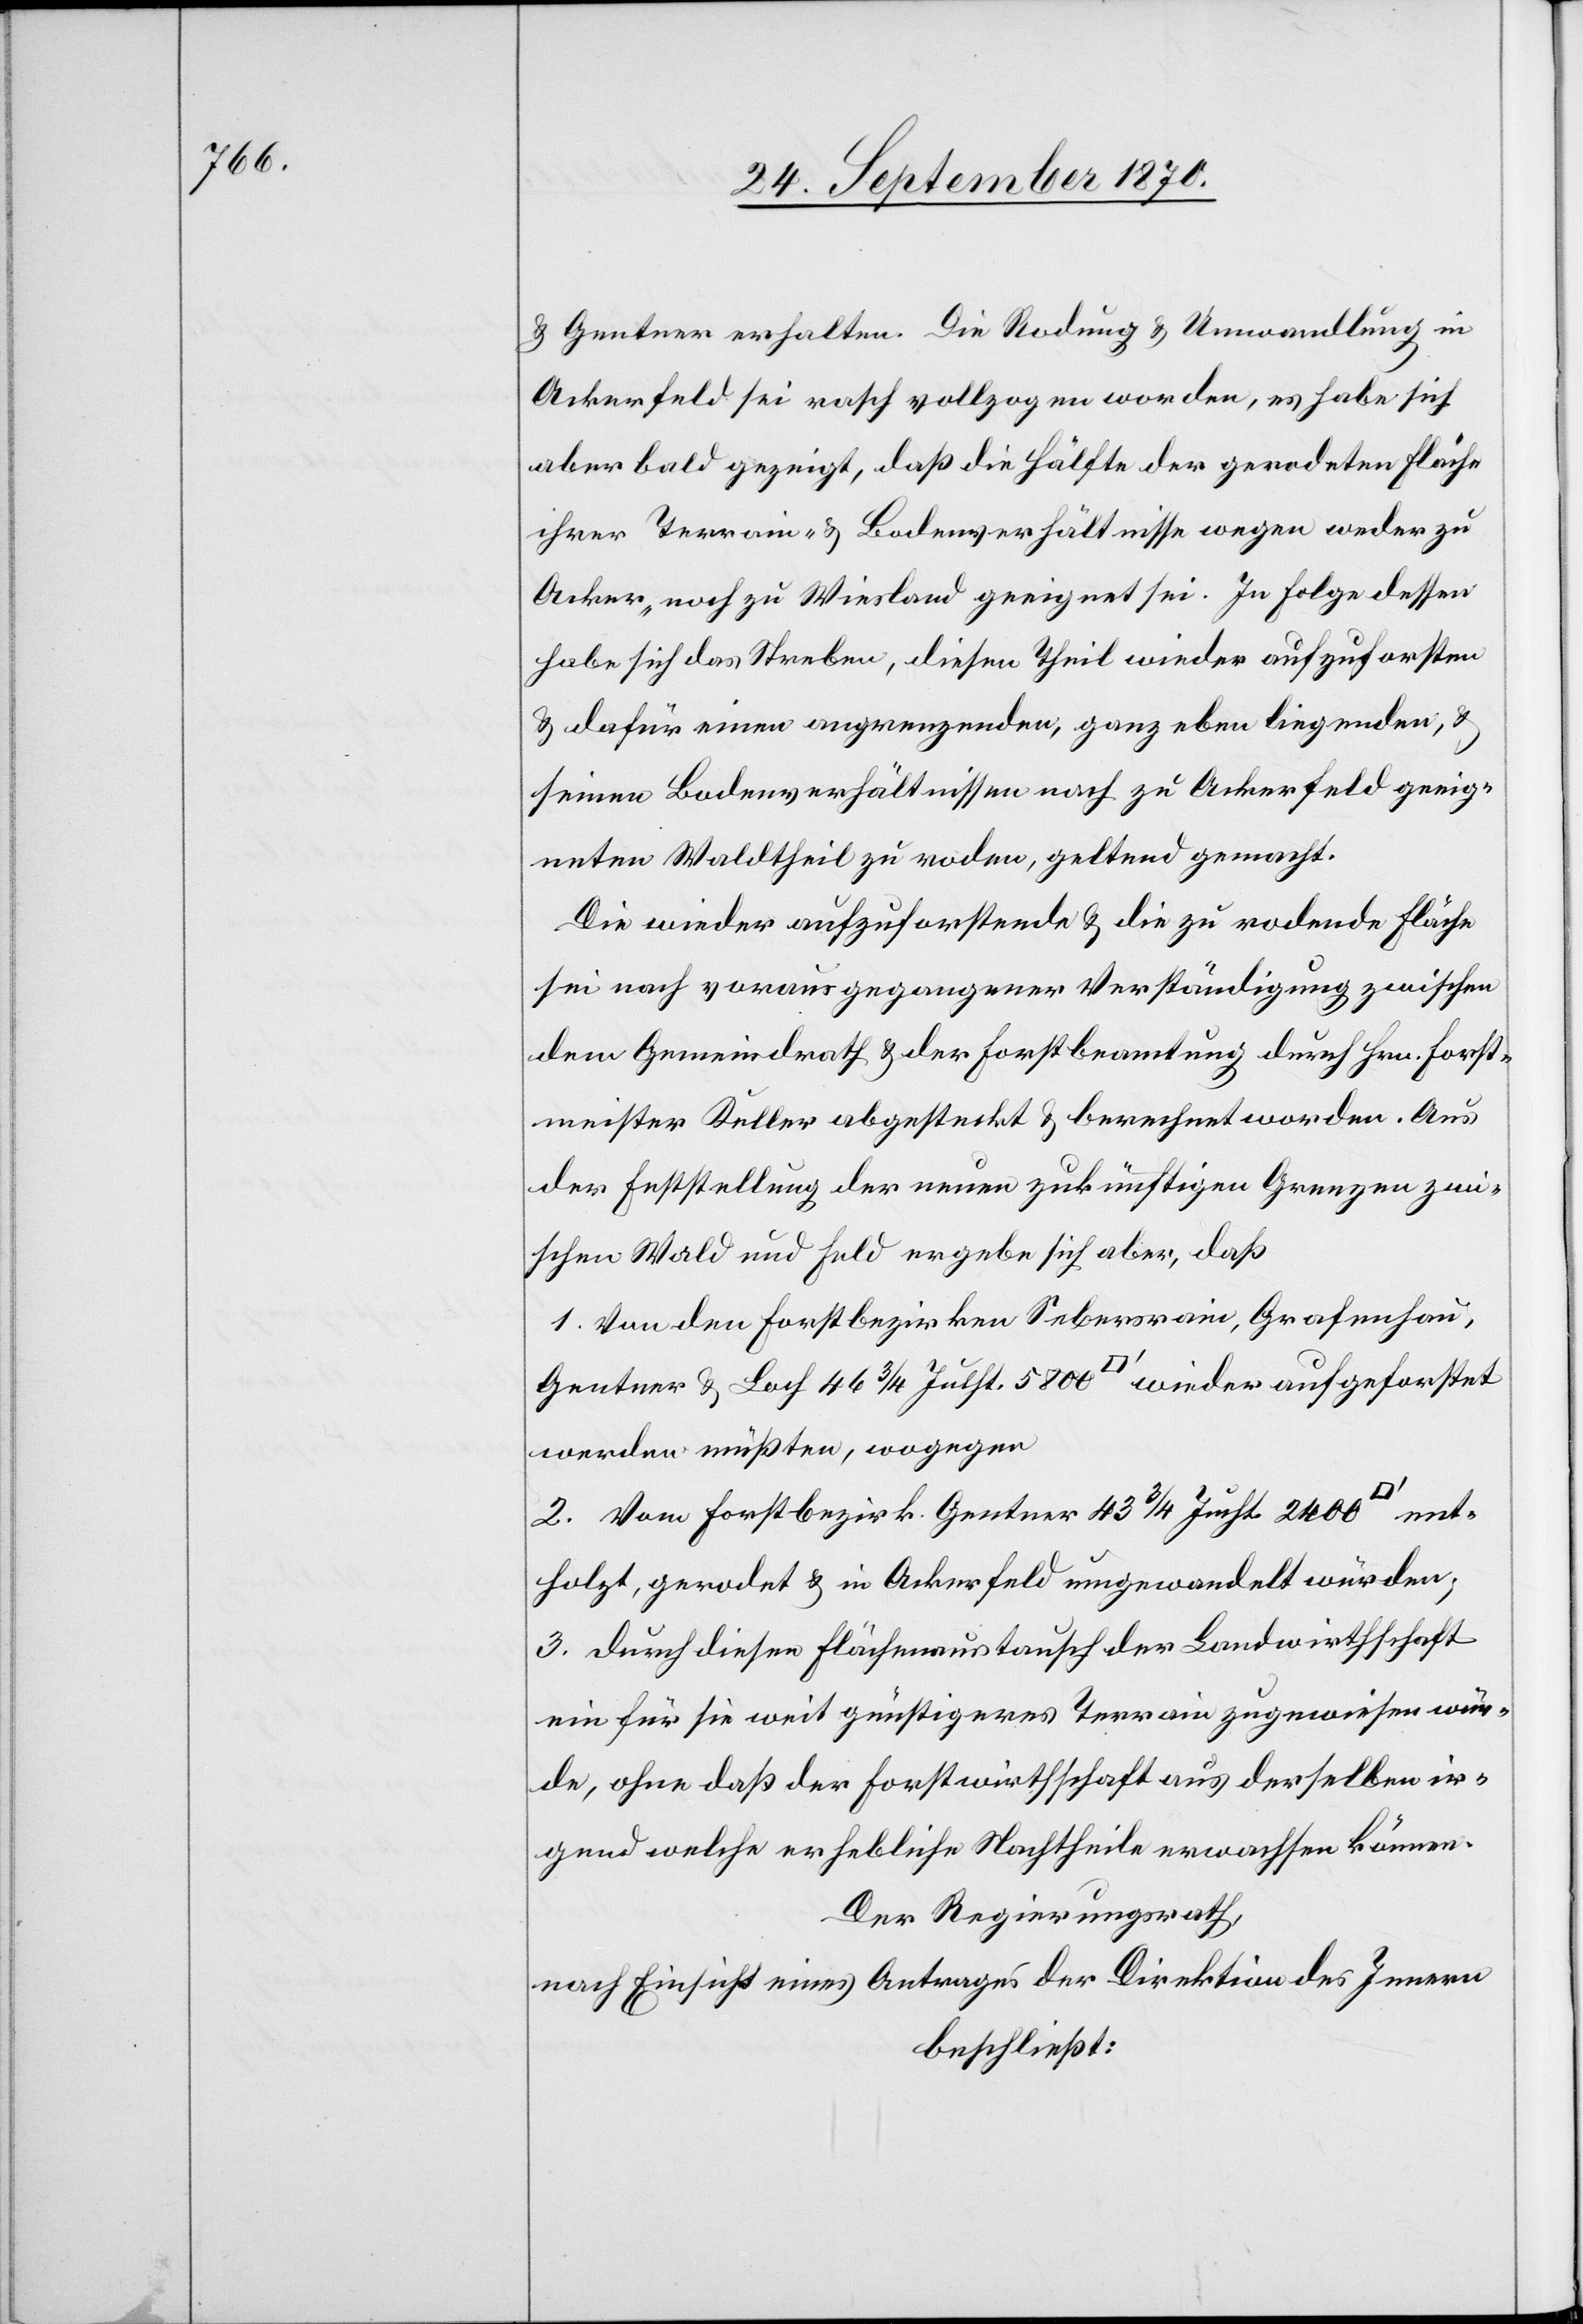
& Gentner erhalten. Die Rodung & Umwandlung in
Ackerfeld sei rasch vollzogen worden, es habe sich
aber bald gezeigt, daß die Hälfte der gerodeten Fläche
ihrer Terrain- & Bodenverhältnisse wegen weder zu
Acker, noch zu Wiesland geeignet sei. In Folge dessen
habe sich das Streben, diesen Theil wieder aufzuforsten
& dafür einen angrenzenden, ganz eben liegenden, &
seinen Bodenverhältnissen nach zu Ackerfeld geeig¬
neten Waldtheil zu roden, geltend gemacht.
Die wieder aufzuforstende & die zu rodende Fläche
sei nach vorausgegangener Verständigung zwischen
dem Gemeindrath & der Forstbeamtung durch Hrn. Forst¬
meister Keller abgesteckt & berechnet worden. Aus
der Feststellung der neuen zukünftigen Grenzen wi¬
schen Wald und Feld ergebe sich aber, daß
1. Von den Forstbezirken Sebersrain, Grafenhau,
Gentner & Loch 46 3/4 Jucht. 2400 [Quadratfuss] ent¬
holzt, gerodet & in Ackerfeld umgewandelt würden;
3. durch diesen Flächenaustausch der Landwirthschaft
ein für sie weit günstigeres Terrain zugewiesen wür¬
de, ohne daß der Forstwirthschaft aus derselben ir¬
gend welche erhebliche Nachtheile erwachsen können.
Der Regierungsrath,
nach Einsicht eines Antrages der Direktion des Innern
beschließt: